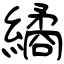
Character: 繘